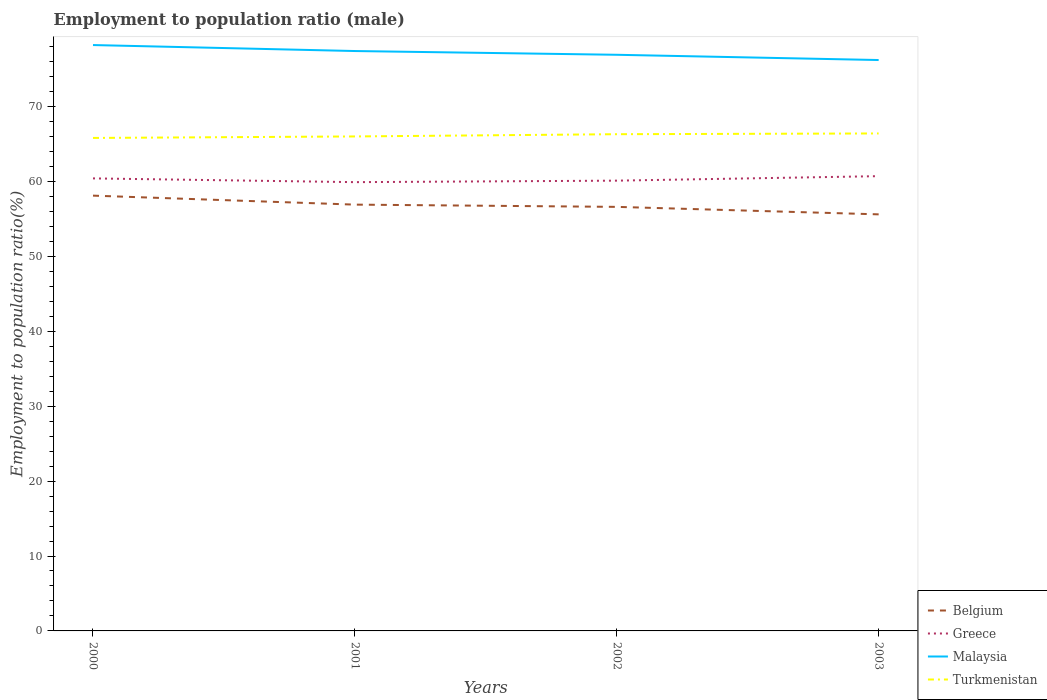
| Years | Belgium | Greece | Malaysia | Turkmenistan |
 | --- | --- | --- | --- | --- |
 | 2000 | 58.1 | 60.4 | 78.2 | 65.8 |
 | 2001 | 56.9 | 59.9 | 77.4 | 66 |
 | 2002 | 56.6 | 60.1 | 76.9 | 66.3 |
 | 2003 | 55.6 | 60.7 | 76.2 | 66.4 |